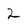
Character: 2